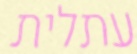
עתלית